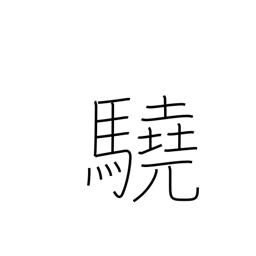
Meaning: ferocious